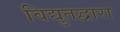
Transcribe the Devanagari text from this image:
विद्युतद्वारा